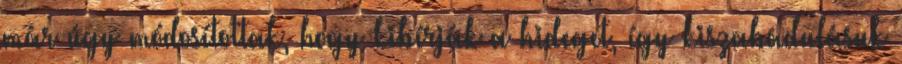
már úgy módosítottak, hogy kibírják a hideget, így kiszabadulásuk